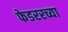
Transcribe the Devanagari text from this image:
फेडररच्या